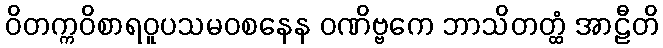
ဝိတက္ကဝိစာရဝူပသမဝစနေန ဝဏိဗ္ဗကေ ဘာသိတတ္ထံ အာဠီတိ